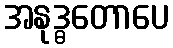
အနုဒ္ဓတောပေ